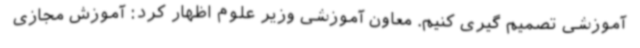
آموزشی تصمیم گیری کنیم. معاون آموزشی وزیر علوم اظهار کرد: آموزش مجازی